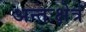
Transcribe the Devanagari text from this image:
अन्तःक्षेत्र